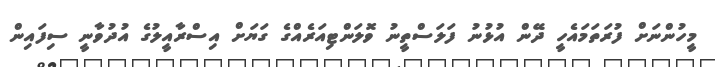
މީހުންނަށް ފުރަތަމައެހީ ދޭން އުޅުނު ފަލަސްތީނު ވޮލަންޓިއަރެއްގެ ގަޔަށް އިސްރާއީލުގެ އުދުވާނީ ސިފައިން